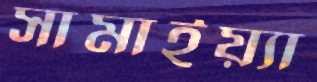
সামাইয়্যা